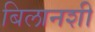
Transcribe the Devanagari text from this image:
बिलानशी